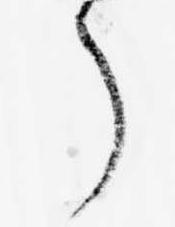
了